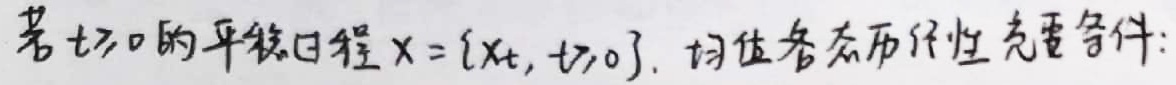
若$t\geq0$的平稳过程$X = \{X_t, t\geq0\}$, 则位各态历经性充要条件: